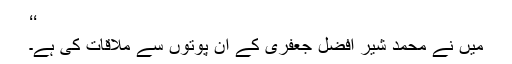
‘‘
میں نے محمد شیر افضل جعفری کے ان پوتوں سے ملاقات کی ہے۔